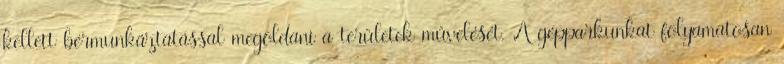
kellett bérmunkáztatással megoldani a területek művelését. A gépparkunkat folyamatosan